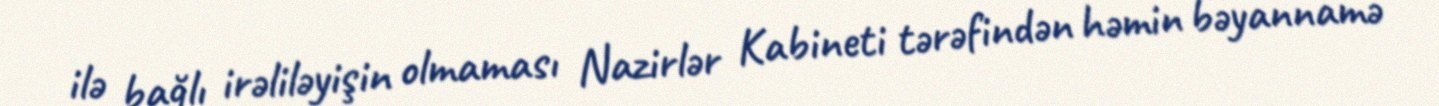
ilə bağlı irəliləyişin olmaması Nazirlər Kabineti tərəfindən həmin bəyannamə